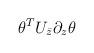
LaTeX: \begin{align*}\theta^T U_{\bar z} \partial_z \theta\end{align*}